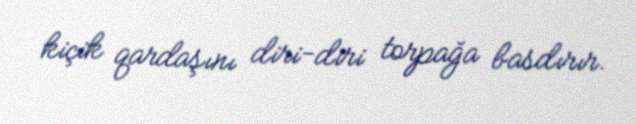
kiçik qardaşını diri-diri torpağa basdırır.